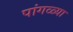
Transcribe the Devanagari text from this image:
पांगळ्या